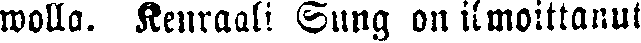
wolla. Kenraali Sung on ilmoittanut